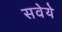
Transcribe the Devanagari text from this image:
सवेये